Report of the Indian Hemp Drugs Commission, 1894-1895 - Volume V
Year: 1894
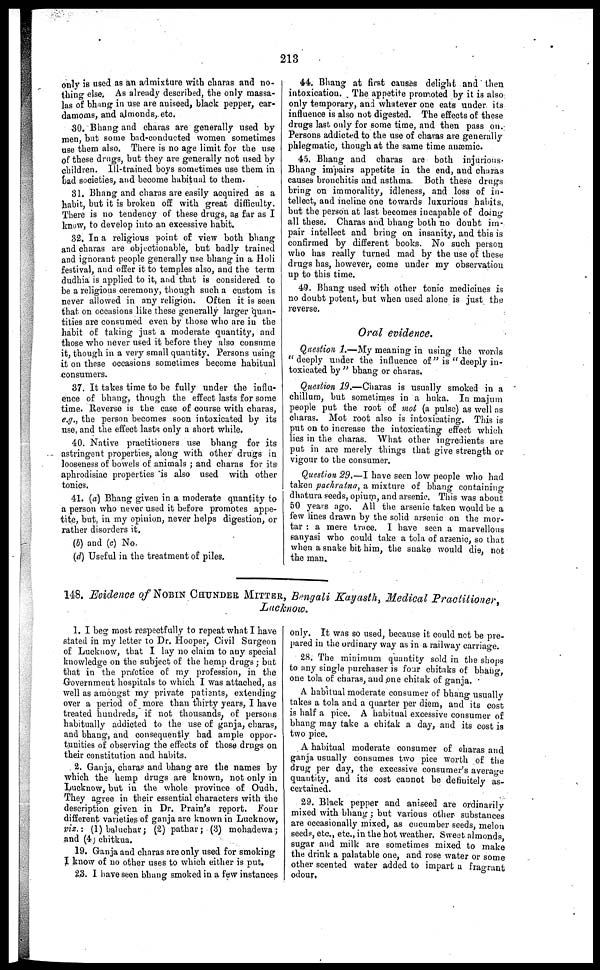
213
only is used as an admixture with charas and no-
thing else. As already described, the only massa-
las of bhang in use are aniseed, black pepper, car-
damoms, and almonds, etc.
30. Bhang and charas are generally used by
men, but some bad-conducted women sometimes
use them also. There is no age limit for the use
of these drugs, but they are generally not used by
children. Ill-trained boys sometimes use them in
bad societies, and become habitual to them.
31. Bhang and charas are easily acquired as a
habit, but it is broken off with great difficulty.
There is no tendency of these drugs, as far as I
know, to develop into an excessive habit.
32, In a religious point of view both bhang
and charas are objectionable, but badly trained
and ignorant people generally use bhang in a Holi
festival, and offer it to temples also, and the term
dudhia is applied to it, and that is considered to
be a religious ceremony, though such a custom is
never allowed in any religion. Often it is seen
that on occasions like these generally larger quan-
tities are consumed even by those who are in the
habit of taking just a moderate quantity, and
those who never used it before they also consume
it, though in a very small quantity. Persons using
it on these occasions sometimes become habitual
consumers.
37. It takes time to be fully under the influ-
ence of bhang, though the effect lasts for some
time. Reverse is the case of course with charas,
e.g., the person becomes soon intoxicated by its
use, and the effect lasts only a short while.
40. Native practitioners use bhang for its
astringent properties, along with other drugs in
looseness of bowels of animals ; and charas for its
aphrodisiac properties is also used with other
tonics.
41. (a) Bhang given in a moderate quantity to
a person who never used it before promotes appe-
tite, but, in my opinion, never helps digestion, or
rather disorders it.
(b) and (c) No.
(d) Useful in the treatment of piles.
44. Bhang at first causes delight and then
intoxication. The appetite promoted by it is also
only temporary, and whatever one eats under its
influence is also not digested. The effects of: these
drugs last only for some time, and then pass on.
Persons addicted to the use of charas are generally
phlegmatic, though at the same time anæmic.
45. Bhang and charas are both injurious-
Bhang impairs appetite in the end, and charas
causes bronchitis and asthma. Both these drugs
bring on immorality, idleness, and loss of in-
tellect, and incline one towards luxurious habits,
but the person at last becomes incapable of doing
all these. Charas and bhang both no doubt im-
pair intellect and bring on insanity, and this is
confirmed by different books. No such person
who has really turned mad by the use of these
drugs has, however, come under my observation
up to this time.
49. Bhang used with other tonic medicines is
no doubt potent, but when used alone is just the
reverse.
Oral evidence.
Question 1.—My meaning in using the words
"deeply under the influence of" is "deeply in-
toxicated by" bhang or charas.
Question 19.—Charas is usually smoked in a
chillum, but sometimes in a huka. In majum
people put the root of mot (a pulse) as well as
charas. Mot root also is intoxicating. This is
put on to increase the intoxicating effect which
lies in the charas. What other ingredients are
put in are merely things that give strength or
vigour to the consumer.
Question 29.—I have seen low people who had
taken pachratna, a mixture of bhang containing
dhatura seeds, opium, and arsenic. This was about
50 years ago. All the arsenic taken would be a
few lines drawn by the solid arsenic on the mor-
tar : a mere trace. I have seen a marvellous
sanyasi who could take a tola of arsenic, so that
when a snake bit him, the snake would die, not
the man.
148. Evidence of NOBIN CHUNDER MITTER , Bengali Kayasth, Medical Practitioner,
Lucknow.
1. I beg most respectfully to repeat what I have
stated in my letter to Dr. Hooper, Civil Surgeon
of Lucknow, that I lay no claim to any special
knowledge on the subject of the hemp drugs ; but
that in the practice of my profession, in the
Government hospitals to which I was attached, as
well as amongst my private patients, extending
over a period of more than thirty years, I have
treated hundreds, if not thousands, of persons
habitually addicted to the use of ganja, charas,
and bhang, and consequently had ample oppor-
tunities of observing the effects of those drugs on
their constitution and habits.
2. Ganja, charas and bhang are the names by
which the hemp drugs are known, not only in
Lucknow, but in the whole province of Oudh.
They agree in their essential characters with the
description given in Dr. Prain's report. Four
different varieties of ganja are known in Lucknow,
viz. : (1) baluchar ; (2) pathar ; (3) mohadewa ;
and (4) chitkua.
19. Ganja and charas are only used for smoking
I know of no other uses to which either is put.
23. I have seen bhang smoked in a few instances
only. It was so used, because it could not be pre-
pared in the ordinary way as in a railway carriage.
28. The minimum quantity sold in the shops
to any single purchaser is four chitaks of bhang,
one tola of charas, and one chitak of ganja.
A habitual moderate consumer of bhang usually
takes a tola and a quarter per diem, and its cost
is half a pice. A habitual excessive consumer of
bhang may take a chitak a day, and its cost is
two pice.
A habitual moderate consumer of charas and
ganja usually consumes two pice worth of the
drug per day, the excessive consumer's average
quantity, and its cost cannot be definitely as-
certained.
29. Black pepper and aniseed are ordinarily
mixed with bhang ; but various other substances
are occasionally mixed, as cucumber seeds, melon
seeds, etc., etc., in the hot weather. Sweet almonds
sugar and milk are sometimes mixed to make
the drink a palatable one, and rose water or some
other scented water added to impart a fragrant
odour.